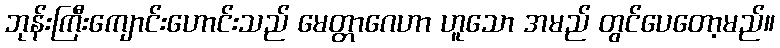
ဘုန်းကြီးကျောင်းဟောင်းသည် မေတ္တာဂေဟာ ဟူသော အမည် တွင်ပေတော့မည်။